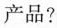
产品?